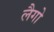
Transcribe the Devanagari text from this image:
लैगो